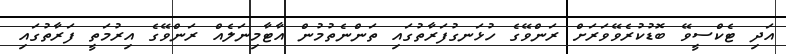
އަދި ޓެކްސީވޭ ބޮޑުކުރެވޭވަރަށް ރަންވޭގެ ހުޅަނގުފަރާތުގައި ތަންނެތުމުން އާޓާމިނަލެއް ރަންވޭގެ އިރުމަތީ ފަރާތުގައި